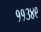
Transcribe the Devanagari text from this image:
११३४९